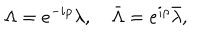
\Lambda = e ^ { - i \rho } \lambda , \quad \bar { \Lambda } = e ^ { i \rho } \bar { \lambda } , \quad